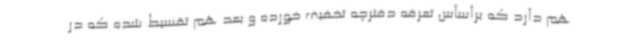
هم دارد که براساس تعرفه دفترچه تخفیف خورده و بعد هم تقسیط شده که در